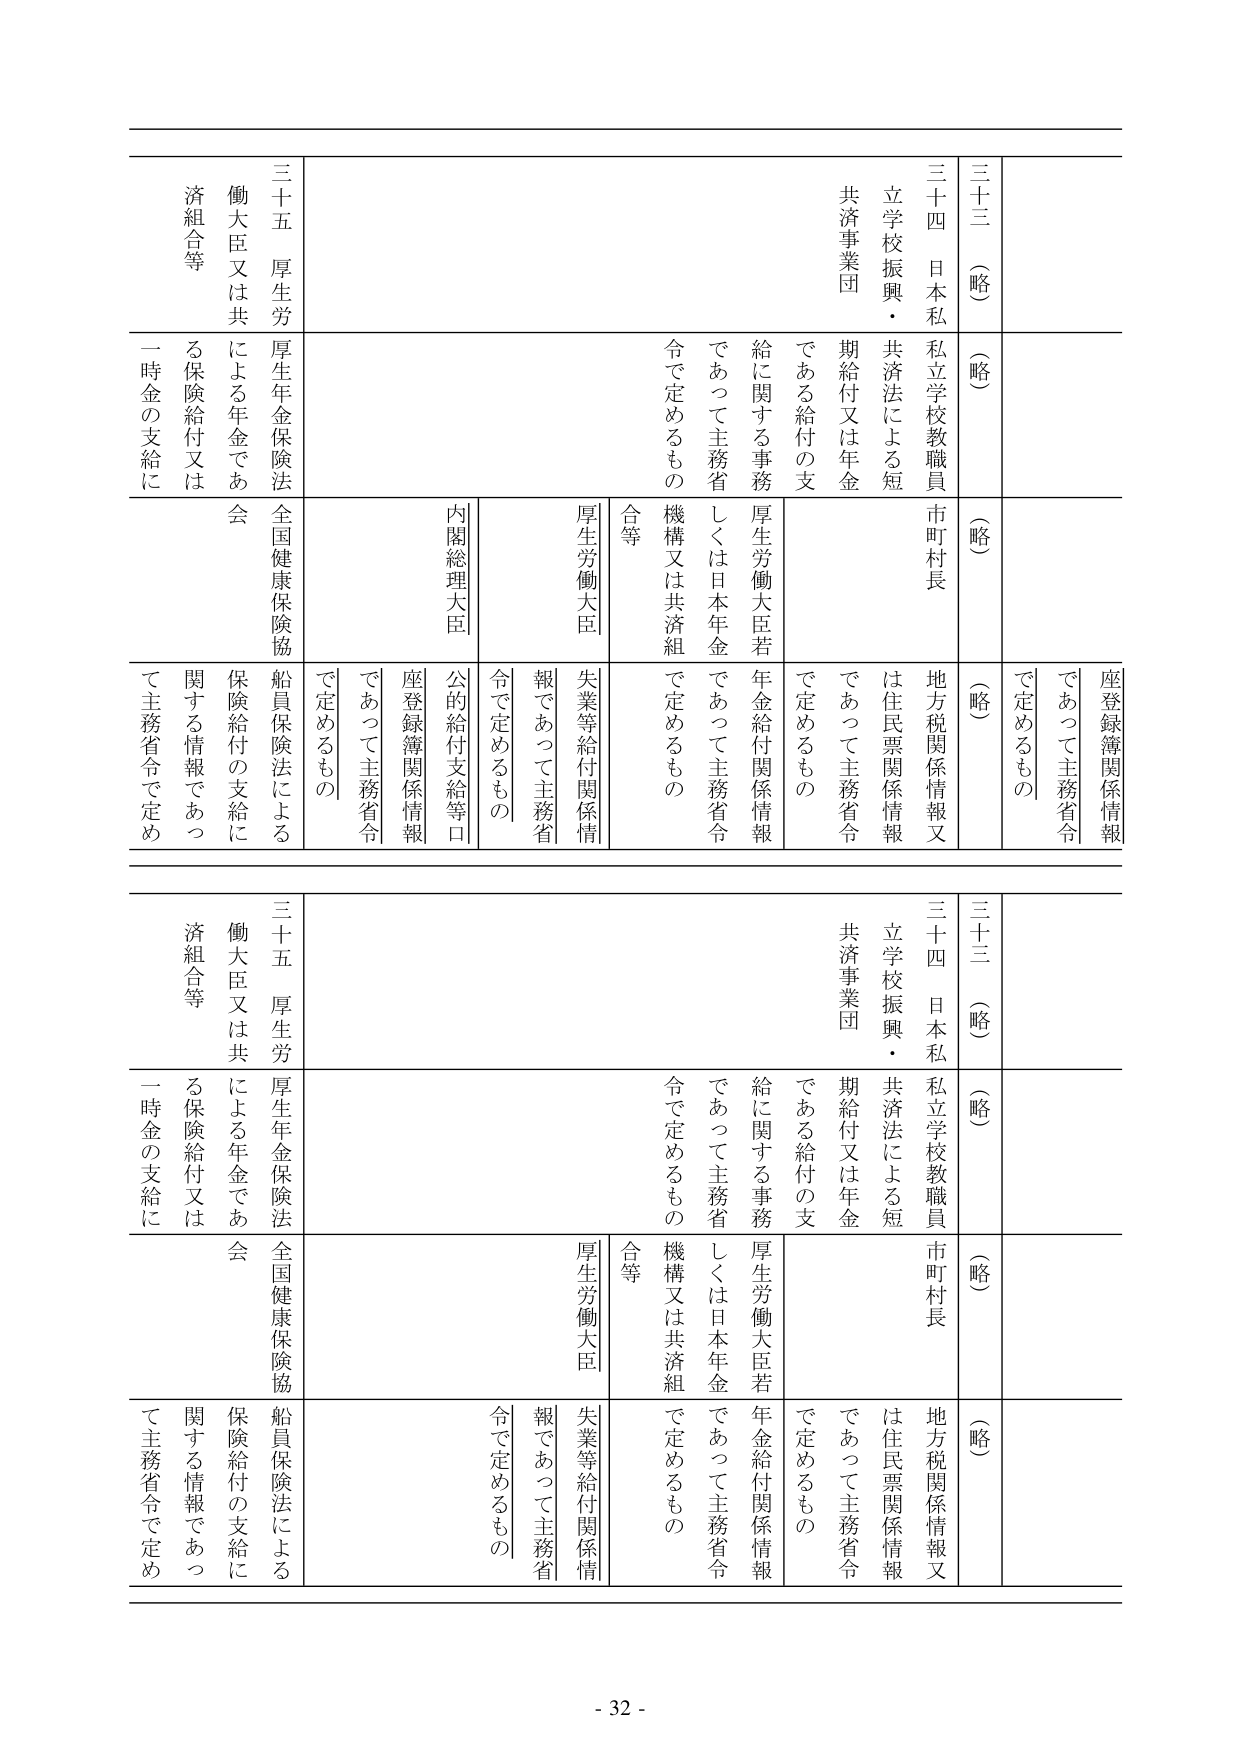
三十三（略）
（略）
（略）
三十四 日本私立学校教職員 市町村長
立学校振興・共済法による短期給付又は年金である給付の支給に関する事務
共済事業団
厚生労働大臣若しくは日本年金機構又は共済組合等
地方税関係情報又は住民票関係情報
座登録簿関係情報
であって主務省令で定めるもの
三十五 厚生労働大臣又は共済組合等
厚生年金保険法による年金である保険給付又は一時金の支給に
全国健康保険協会
船員保険法による保険給付の支給に関する情報であって主務省令で定めるもの
内閣総理大臣
公的給付支給等口座登録簿関係情報
厚生労働大臣
失業等給付関係情報であって主務省令で定めるもの
三十三（略）
（略）
（略）
三十四 日本私立学校教職員 市町村長
立学校振興・共済法による短期給付又は年金である給付の支給に関する事務
共済事業団
厚生労働大臣若しくは日本年金機構又は共済組合等
地方税関係情報又は住民票関係情報
座登録簿関係情報
であって主務省令で定めるもの
三十五 厚生労働大臣又は共済組合等
厚生年金保険法による年金である保険給付又は一時金の支給に
全国健康保険協会
船員保険法による保険給付の支給に関する情報であって主務省令で定めるもの
内閣総理大臣
公的給付支給等口座登録簿関係情報
厚生労働大臣
失業等給付関係情報であって主務省令で定めるもの
- 32 -